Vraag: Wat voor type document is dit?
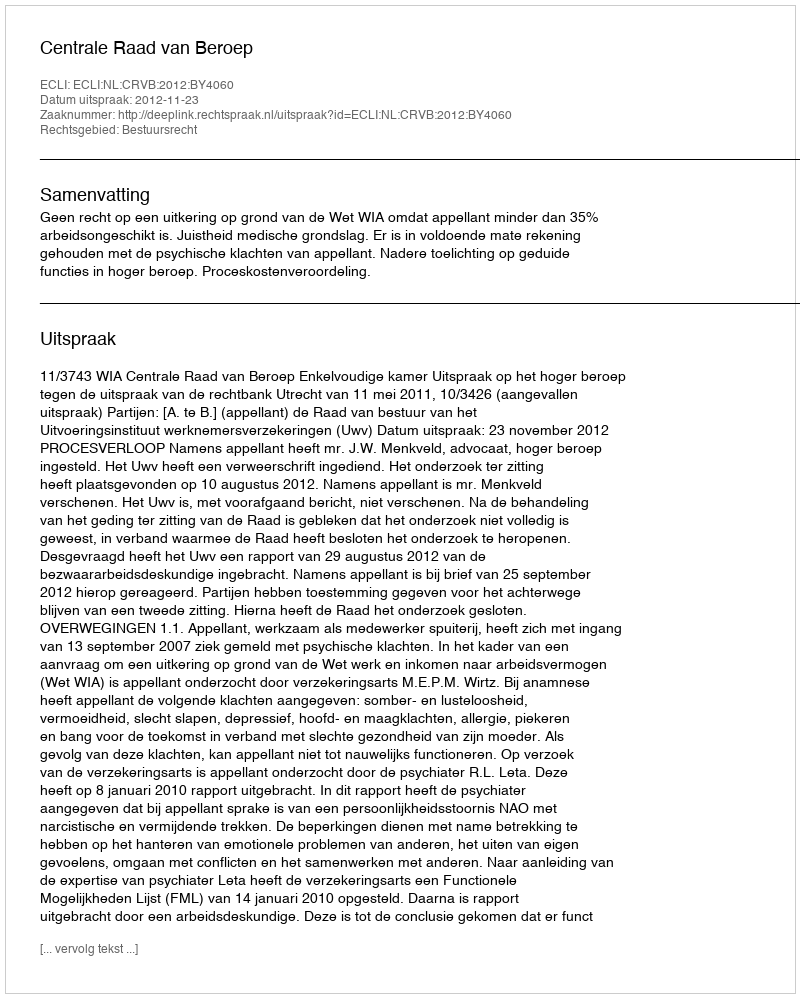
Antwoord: Uitspraak